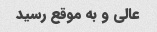
عالى و به موقع رسید